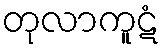
တုလာကူဋံ